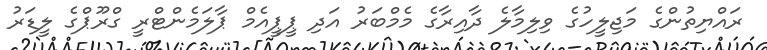
ރައްޔިތުންގެ މަޖިލީހުގެ ވިލިމާލެ ދާއިރާގެ މެމްބަރު އަދި ޕީޕީއެމް ޕާލަމެންޓްރީ ގްރޫޕްގެ ލީޑަރު